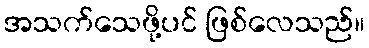
အသက်သေဖို့ပင် ဖြစ်လေသည်။